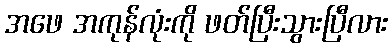
အဖေ အကုန်လုံးကို ဖတ်ပြီးသွားပြီလား